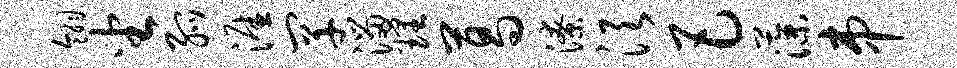
翎坐弧涯罕溜理葛潦须巴藻串